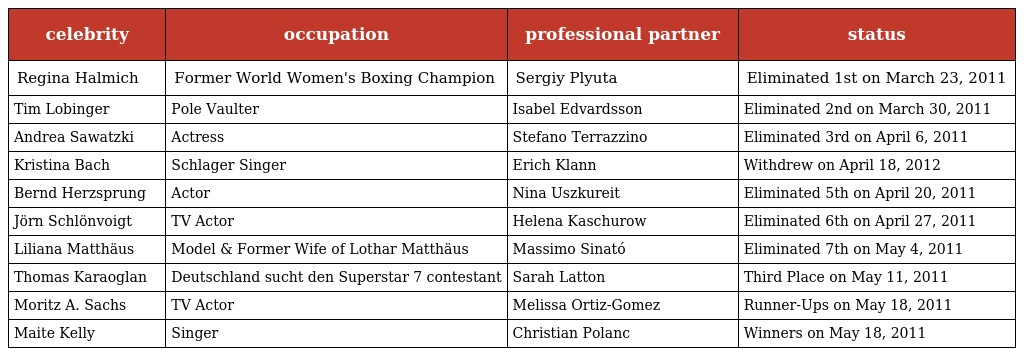
| celebrity | occupation | professional partner | status |
 | --- | --- | --- | --- |
 | Regina Halmich | Former World Women's Boxing Champion | Sergiy Plyuta | Eliminated 1st on March 23, 2011 |
 | Tim Lobinger | Pole Vaulter | Isabel Edvardsson | Eliminated 2nd on March 30, 2011 |
 | Andrea Sawatzki | Actress | Stefano Terrazzino | Eliminated 3rd on April 6, 2011 |
 | Kristina Bach | Schlager Singer | Erich Klann | Withdrew on April 18, 2012 |
 | Bernd Herzsprung | Actor | Nina Uszkureit | Eliminated 5th on April 20, 2011 |
 | Jörn Schlönvoigt | TV Actor | Helena Kaschurow | Eliminated 6th on April 27, 2011 |
 | Liliana Matthäus | Model & Former Wife of Lothar Matthäus | Massimo Sinató | Eliminated 7th on May 4, 2011 |
 | Thomas Karaoglan | Deutschland sucht den Superstar 7 contestant | Sarah Latton | Third Place on May 11, 2011 |
 | Moritz A. Sachs | TV Actor | Melissa Ortiz-Gomez | Runner-Ups on May 18, 2011 |
 | Maite Kelly | Singer | Christian Polanc | Winners on May 18, 2011 |